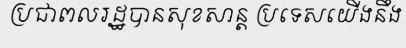
ប្រជាពលរដ្ឋបានសុខសាន្ត ប្រទេសយើងនឹង